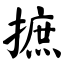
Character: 摭